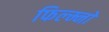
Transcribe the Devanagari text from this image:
फिल्म्नो